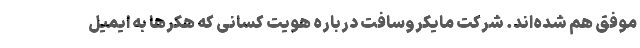
موفق هم شده‌اند. شرکت مایکروسافت درباره هویت کسانی که هکرها به ایمیل